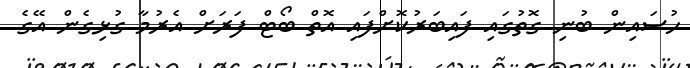
ހުސައިން ބުނި ގޮތުގައި ފައިބަރުކޮށްފައި އޮތް ބޯޓް ފަރަށް އެރުމާ ގުޅިގެން އޭގެ